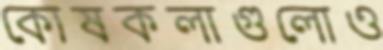
কোষকলাগুলোও